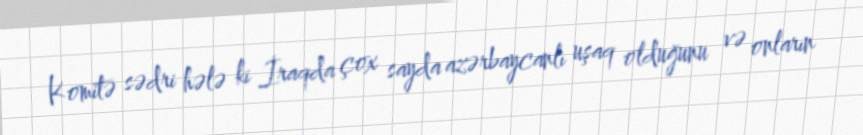
Komitə sədri hələ ki İraqda çox sayda azərbaycanlı uşaq olduğunu və onların